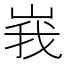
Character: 峩